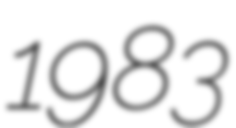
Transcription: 1983